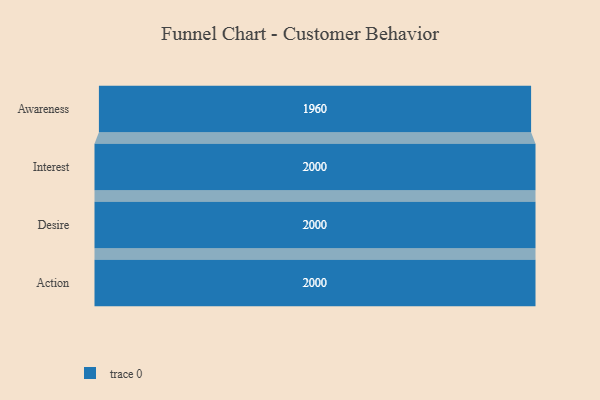
{"axis": {"x": "Stage", "y": "Value"}, "legend": [""], "data": [{"x": "Awareness", "y": 1960.0, "type": ""}, {"x": "Interest", "y": 2000, "type": ""}, {"x": "Desire", "y": 2000, "type": ""}, {"x": "Action", "y": 2000, "type": ""}]}